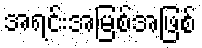
အရင်းအမြစ်အဖြစ်